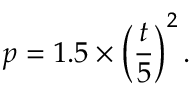
p = 1 . 5 \times \left( \frac { t } { 5 } \right) ^ { 2 } .